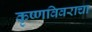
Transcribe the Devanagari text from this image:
कृष्णविवराचा